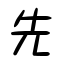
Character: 先